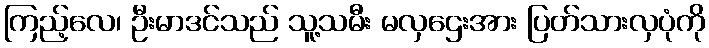
ကြည့်လေ၊ ဦးမာဒင်သည် သူ့သမီး မလှဌေးအား ပြတ်သားလှပုံကို